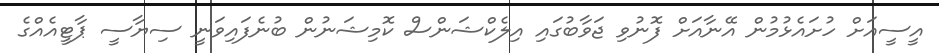
އީސީއަށް ހުށައެޅުމުން އޭނާއަށް ފޮނުވި ޖަވާބުގައި އިލެކްޝަންސް ކޮމިޝަނުން ބުނެފައިވަނީ ސިޔާސީ ޕާޓީއެއްގެ